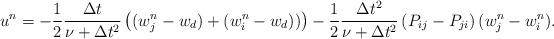
LaTeX: \begin{align*}&u^n = -\frac{1}{2}\frac{\Delta t}{\nu+\Delta t^2} \left((w^{n}_j-w_d)+(w^{n}_i-w_d))\right)-\frac{1}{2}\frac{\Delta t^2}{\nu+\Delta t^2} \left(P_{ij}-P_{ji}\right)(w_j^n-w_i^n).\end{align*}